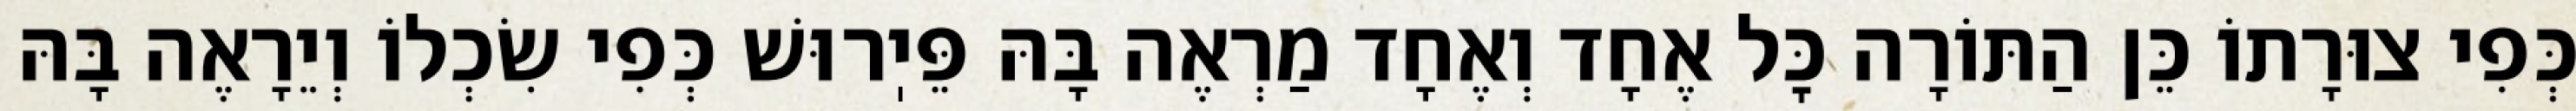
כְּפִי צוּרָתוֹ כֵּן הַתּוֹרָה כׇּל אֶחָד וְאֶחָד מַרְאֶה בָּהּ פֵּיֽרוּשׁ כְּפִי שִׂכְלוֹ וְיֵרָאֶה בָּהּ